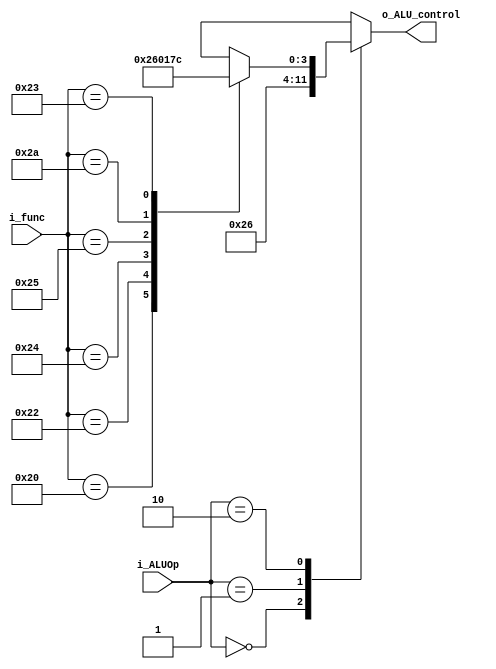
`timescale 1ns / 1ps
//////////////////////////////////////////////////////////////////////////////////
// Company: 
// Engineer: 
// 
// Design Name: 
// Module Name: ALU_DECODER
// Project Name: 
// Target Devices: 
// Tool Versions: 
// Description: 
// 
// Dependencies: 
// 
// Revision:
// Revision 0.01 - File Created
// Additional Comments:
// 
//////////////////////////////////////////////////////////////////////////////////

`define  WIDTH_ALU_OP 2
`define  WIDTH_FUNC 6
`define  WIDTH_Alu_cntrl 4
module ALU_DECODER(i_func, i_ALUOp , o_ALU_control);
input [`WIDTH_FUNC-1:0] i_func ;
input [`WIDTH_ALU_OP-1:0] i_ALUOp;
output  [`WIDTH_Alu_cntrl-1:0] o_ALU_control;

reg [`WIDTH_Alu_cntrl-1:0] ALU_control ;
///function field ///
parameter ADD = 6'b10_0000,
          SUB = 6'b10_0010,
          AND = 6'b10_0100,
          OR = 6'b10_0101,
          SLT = 6'b10_1010,
          NOR = 6'b10_0011;
          
 
 always @(*)
    begin
        case (i_ALUOp)                       ///desired alu funct//     instruction opcode ///
        2'b00  : ALU_control = 4'b0010;        //add//                   //lw and sw//
        2'b01  : ALU_control = 4'b0110;       //sub//                        //beq//
        2'b10  : 
                case (i_func)
             ADD : ALU_control = 4'b0010;   //add//                         //add//
             SUB : ALU_control = 4'b0110;   //subtract//                    //subtract/
             AND : ALU_control = 4'b0000;   //AND//                        //AND //
             OR  : ALU_control = 4'b0001;   //OR//                         //OR//
             SLT : ALU_control = 4'b0111;   //Set on less than//           //slt//
             NOR : ALU_control = 4'b1100;    //NOR //                      //NOR //
             default : ALU_control = 4'bx; 
         endcase
         default : ALU_control = 4'bx;
      endcase    
   end   
 
 
 assign o_ALU_control = ALU_control ;
 
 
endmodule